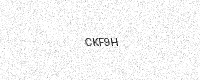
Text: CKF9H